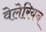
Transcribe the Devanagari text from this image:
वेलेरियन